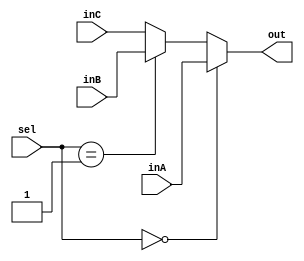
`timescale 1ns / 1ps

////////////////////////////////////////////////////////////////////////////////
// ECE 369A - Computer Architecture
// Developers: James Fulton
// 
// Module - MUX32Bit_3x1.v
// Description - 32-Bit 3x1 Mux
//
// INPUTS:-
// inA: 32-Bit input
// inB: 32-Bit input
// inC: 32-Bit input
// select: 2-bit control input
//
// OUTPUTS:-
// outD: selected 32-Bit output
//
// FUNCTIONALITY:-
// if(select == 0){ return inA }
// else if(select == 1){ return inB }
// else{ return inC }
////////////////////////////////////////////////////////////////////////////////

module Mux32Bit3To1(out, inA, inB, inC, sel);

    //Input Ports
    input [31:0] inA, inB, inC;
    input [1:0] sel;

    //Output Port
    output reg [31:0] out;

    always @ (*) begin
        if (sel == 2'b00) begin
            out = inA;
        end
        else if (sel == 2'b01) begin
            out = inB;
        end
        else begin
            out = inC;
        end
    end   

endmodule